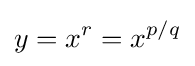
y=x^{r}=x^{p/q}